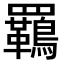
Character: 𮊡